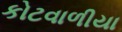
કોટવાળીયા